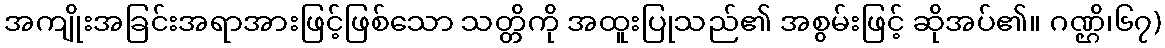
အကျိုးအခြင်းအရာအားဖြင့်ဖြစ်သော သတ္တိကို အထူးပြုသည်၏ အစွမ်းဖြင့် ဆိုအပ်၏။ ဂဏ္ဌိ၊၆၇)